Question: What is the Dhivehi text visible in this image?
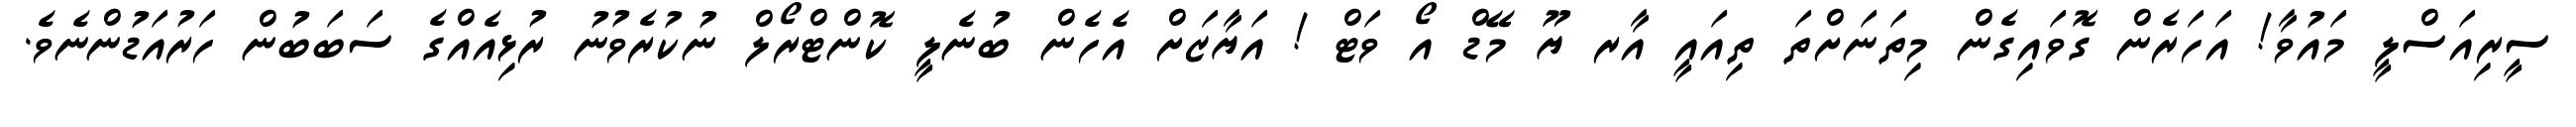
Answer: ސީރިއަސްލީ މައުވާ! އަހަރެން ގޮވައިގެން މިތަނަށްތަ ތިއައީ އާރ ޔޫ މޭޑް އޯ ވަޓް ! އަޔާޒަށް އެހެން ބުނެލީ ކޮންޓްރޯލް ނުކުރެވުނު ރުޅިއެއްގެ ސަބަބުން ހަރުއަޑުންނެވެ.